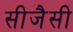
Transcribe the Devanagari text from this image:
सीजैसी